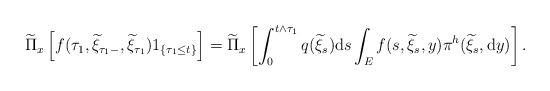
LaTeX: \begin{align*}\widetilde{\Pi}_{x}\left[f(\tau_{1},\widetilde{\xi}_{\tau_{1}-},\widetilde{\xi}_{\tau_{1}})1_{\{\tau_{1}\le t\}}\right]&=\widetilde{\Pi}_{x}\left[\int_{0}^{t\wedge \tau_{1}}q(\widetilde{\xi}_{s}){\rm d}s\int_{E}f(s,\widetilde{\xi}_{s},y)\pi^{h}(\widetilde{\xi}_{s},{\rm d}y)\right].\end{align*}